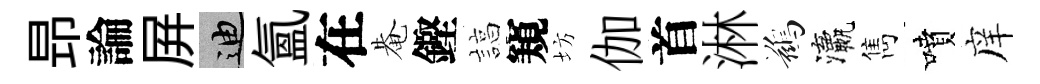
昻論屏迪氲在𤲅鏗諄窺坊伽首淋鷀瀛雋噴庠